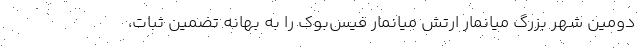
دومین شهر بزرگ میانمار ارتش میانمار فیس‌بوک را به بهانه تضمین ثبات،